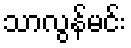
သာလွန်မင်း